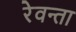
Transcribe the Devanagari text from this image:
रेवन्ता